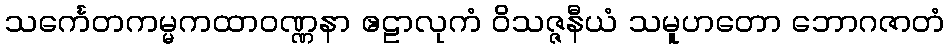
သင်္ကေတကမ္မကထာဝဏ္ဏနာ ဧဠာလုကံ ဝိသဇ္ဇနီယံ သမူဟတော ဘောဂဇာတံ